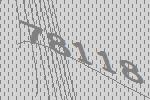
78118